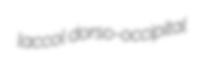
laccol dorso-occipital